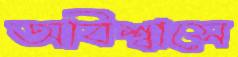
অবিশ্বাসে